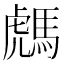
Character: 𩤌